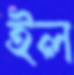
ইল